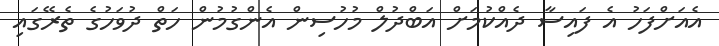
އެއަށްފަހު އެ ފައިސާ ދެއްކުމަށް އަބްދުލް މުހުސިން އެންގުމުން ހަތް ދުވަހުގެ ތެރޭގައި